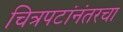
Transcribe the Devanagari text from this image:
चित्रपटांनंतरचा